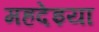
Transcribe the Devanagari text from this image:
महदेइया